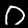
Digit: 0